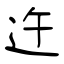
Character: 迕